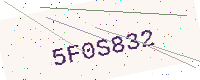
Text: 5F0S832